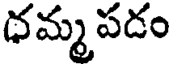
ధమ్మ పడం